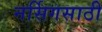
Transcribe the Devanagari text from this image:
नर्सिगसाठी